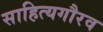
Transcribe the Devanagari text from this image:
साहित्यगौरव